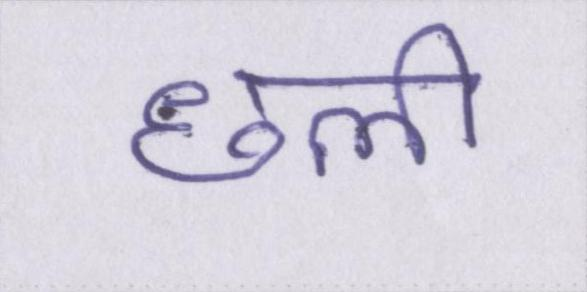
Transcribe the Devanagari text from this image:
छली